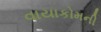
વાયાકોમની